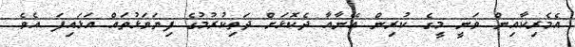
އެމެރިކާއިން ވަނީ މީގެ ކުރިން އޭނާއާ ދެކޮޅަށް ދަތިކުރުމުގެ ފިޔަވަޅުތައް އަޅައިފަ އެވެ.